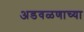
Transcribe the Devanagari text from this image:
अडवळणाच्या